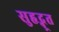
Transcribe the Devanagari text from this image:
सुहृद्भूत